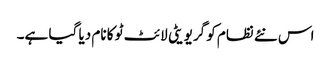
اس نئے نظام کو گریویٹی لائٹ ٹو کا نام دیا گیا ہے۔